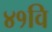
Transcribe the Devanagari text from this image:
४१वि